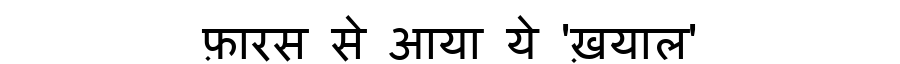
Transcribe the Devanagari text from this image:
फ़ारस से आया ये 'ख़याल'